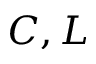
C , L